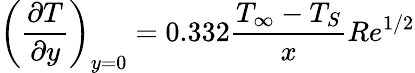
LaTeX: \left({\frac{\partial T}{\partial y}}\right)_{y=0}=0.332{\frac{T_{\infty}-T_{S}}{x}}Re^{1/2}